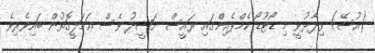
(އުސޭ) ވިދާޅުވީ މި ޑޯޓުޑޯ ކެމްޕެއިންގައި ރައީސް ނަޝީދު ވެސް ޢަމަލީގޮތުން ބައިވެރިވެ